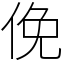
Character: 俛